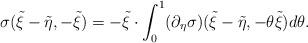
LaTeX: \begin{align*}\sigma(\tilde \xi-\tilde \eta, -\tilde \xi) = -\tilde \xi \cdot \int_0^1 (\partial_{\eta} \sigma)(\tilde \xi-\tilde \eta,-\theta \tilde \xi) d\theta.\end{align*}